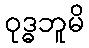
ဝုဒ္ဓဘူမိ